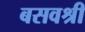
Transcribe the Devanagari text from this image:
बसवश्री